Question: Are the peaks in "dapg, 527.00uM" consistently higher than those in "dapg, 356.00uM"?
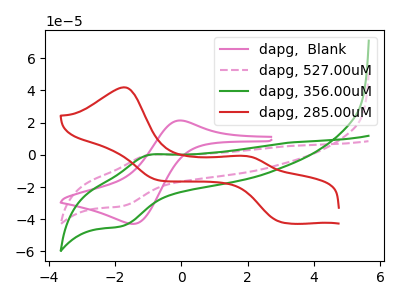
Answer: <think>The pink curve "dapg,  Blank" has an anodic peak at (-0.05V, 21.35uA) and a cathodic peak at (-1.45V, -42.90uA). The pink dashed curve "dapg, 527.00uM" has an anodic peak at (-0.95V, 0.00uA) and a cathodic peak at (-1.80V, -31.85uA). The green curve "dapg, 356.00uM" has an anodic peak at (-0.95V, 0.00uA) and a cathodic peak at (-1.80V, -44.25uA). The red curve "dapg, 285.00uM" has anodic peaks at (-1.75V, 41.90uA) (1.90V, -0.65uA) and cathodic peaks at (3.05V, -41.90uA) (-0.70V, -15.70uA).</think>
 <answer>The peaks in "dapg, 527.00uM" are neither all higher or all lower than the peaks in "dapg, 356.00uM".</answer>
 <eval>mixed</eval>